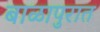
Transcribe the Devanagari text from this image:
बाळापुरात